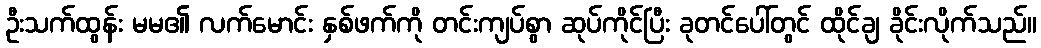
ဦးသက်ထွန်း မမ၏ လက်မောင်း နှစ်ဖက်ကို တင်းကျပ်စွာ ဆုပ်ကိုင်ပြီး ခုတင်ပေါ်တွင် ထိုင်ချ ခိုင်းလိုက်သည်။